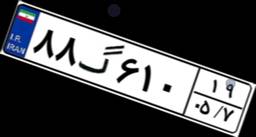
۸۸گ۶۱۰۱۹